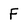
Character: F